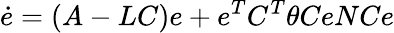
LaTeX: {\dot{e}}=(A-LC)e+e^{T}C^{T}\theta CeNCe